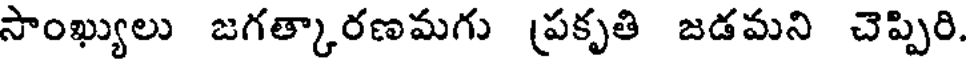
సాంఖ్యులు జగత్కారణమగు (పకృతి జడమని చెప్పిరి.